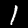
Digit: 1